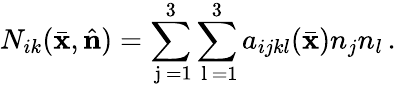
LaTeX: N_{ik}(\bar{\mathbf x},\hat{\mathbf n})=\sum_{\mathrm{~j~}=1}^{3}\sum_{\mathrm{~l~}=1}^{3}a_{ijkl}(\bar{\mathbf x})n_{j}n_{l}\, .